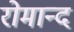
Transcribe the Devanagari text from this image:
रोमान्द